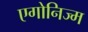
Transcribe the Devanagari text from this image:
एगोनिज्म